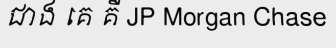
ជាង គេ គឺ JP Morgan Chase